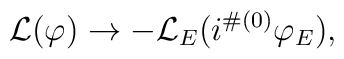
{\cal L}(\varphi)\to -{\cal L}_E(i^{\#(0)}\varphi_E),